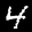
Label: 4